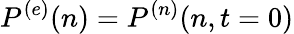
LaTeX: P^{(e)}(n)=P^{(n)}(n,t=0)